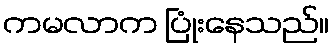
ကမလာက ပြုံးနေသည်။